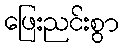
ဖြေးညင်းစွာ